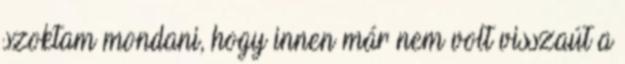
szoktam mondani, hogy innen már nem volt visszaút a